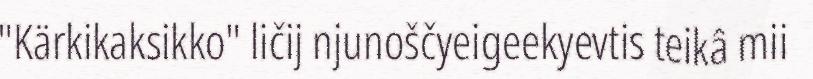
"Kärkikaksikko" ličij njunoščyeigeekyevtis teikâ mii